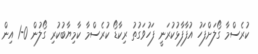
ކުރެސްމާ ގޯލަށްފަހު އުފާފާޅުކުރަނީ ފަހުވަގުތު ރިކާޑޯ ކުރެސްމާ ކާމިޔާބުކުރި ގޯލުން 0-1 އިން